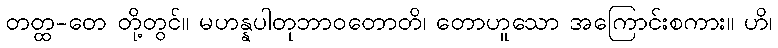
တတ္ထ-တေ တို့တွင်။ မဟန္နပါတုဘာဝတောတိ၊ တောဟူသော အကြောင်းစကား။ ဟိ၊